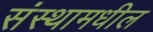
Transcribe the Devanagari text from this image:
संस्थामधील